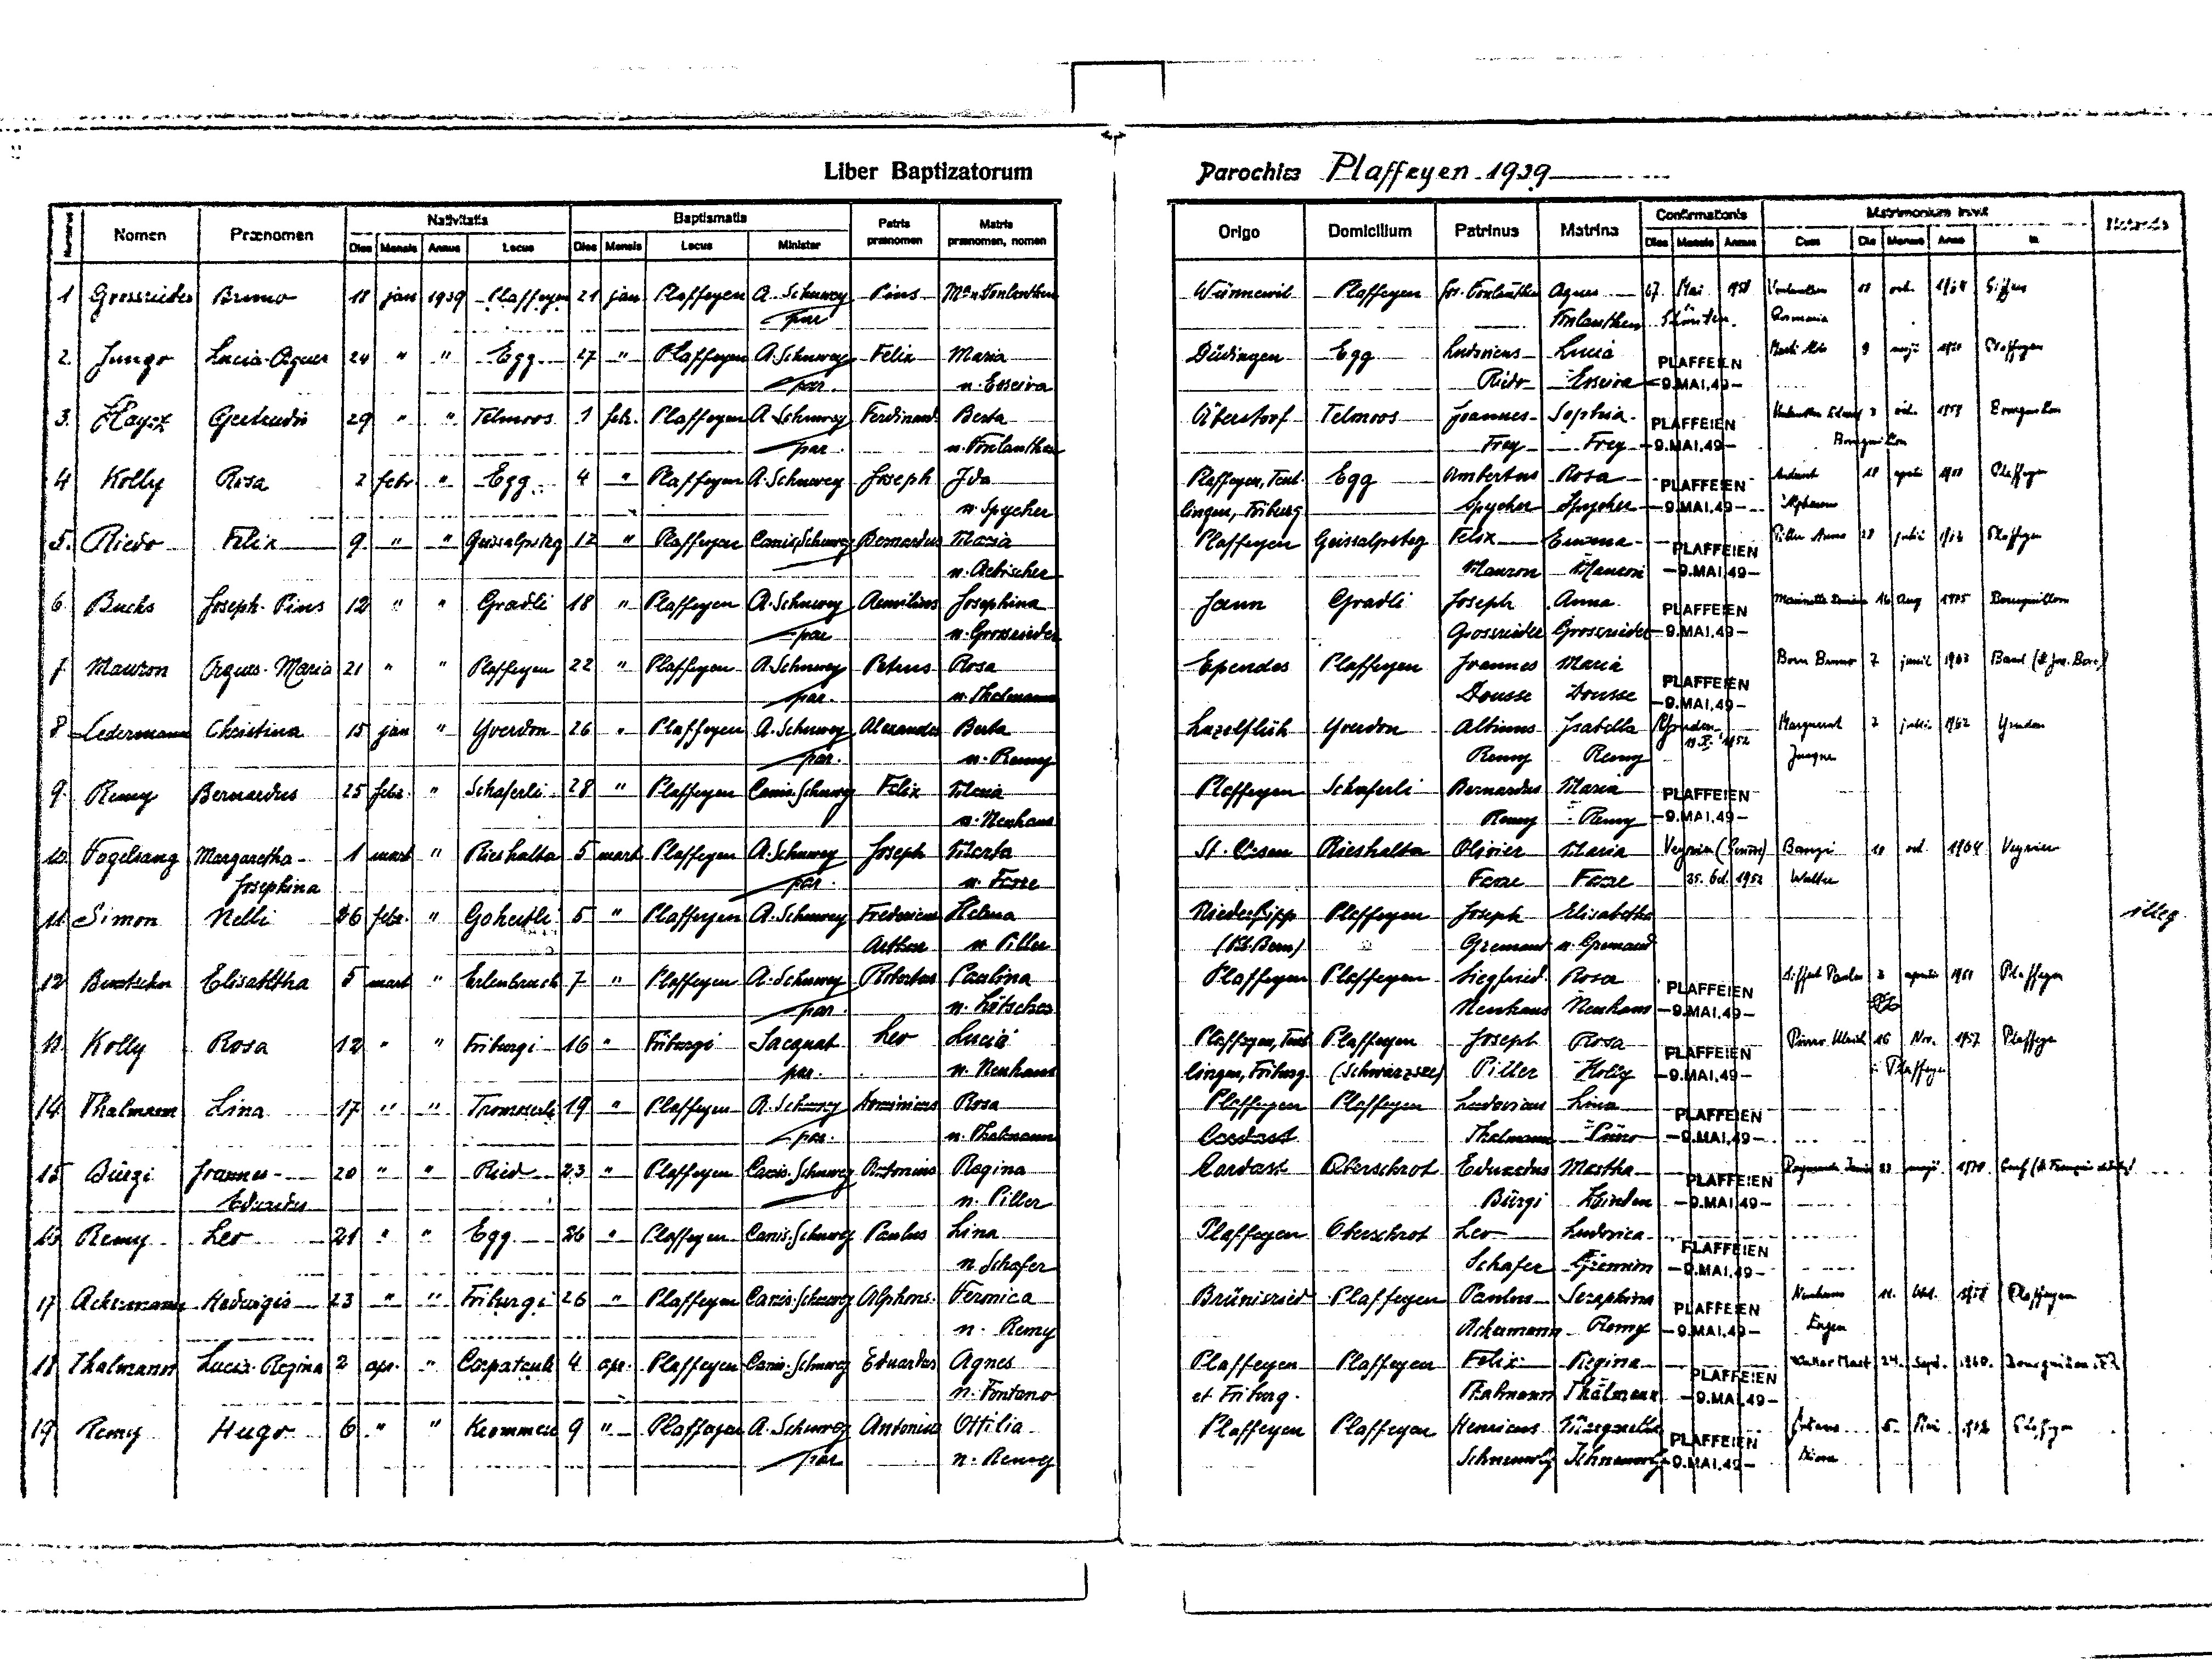
Liber Baptizatorum
Parochiae
Plaffeyen 1939
Matris
Batismatis
Domicilium
Patrinus Matrina
Origo
Minister
praenomen
praenomen, nomen
Mensis
Locus
Vonlanthen
Plaffeyen Jos. Vonlanthen
Wünnewil
Plaffeyen A. Schuwey
Pius
Grossrieder
Bruno
Plaffeyen
21 jan
Man.Vonlanthen
Plaffeyen
Vonlanthen
par
Ludovicus Lucia
Marti
Plaffeyen A. Schuwey
Felix Maria
Düdingen Egg
Egg
Riedo Esseiva
par.
n. Esseiva
Vonlanthen Eduard
Plaffeien A. Schuwey
Telmoos
Joannes
Sophia
Ferdinand Bertha
Telmoos
1 febr. PLaffeyen
Überstorf
Frey
n. Vonlanthen

Umbertus
Plaffeyen A. Schuwey
febr.
Joseph Ida
Rosa
Egg
-9.MAI.49-
Spycher
-9.MAI.49- Alphonsus
Spycher
lingen, Friburg
n. Spycher
Bernardus Maria
Plaffeyen CanisSchuwey
Plaffeyen
Geissalpsteg Felix Emma
" Geissalpsteg
"
lpsteg 12 "
Felix
Riedo
Plaffeyen
Mauron Mauron
n. Aebischer
Anna
Plaffeyen A. Schuwey Aemilius Josephina
Grabli Joseph
Jaun
" " Grabli
Buchs
Plaffeyen
"
18
Jaun
Joseph- Pius
Grossrieder
n. Grossrieder
-9.MAI.49-
Grossrieder
Rosa
Ependes
Plaffeyen Joannes
Plaffeyen 22 " Plaffeyen A. Schuwey
Rosa
Petrus
"
Maria
Mauron
Plaffeyen
Dousse
Dousse
n. Thalmann

Albinus Isabella
A. Schuwey Alexander
Christina
Lutzelflüh Yverdon
"
Ledermann
Berta
Plaffeyen
15 jan
Yverdon 26
Remy
Remy
n. Remy
Plaffeyen Schaferli
28 " Plaffeyen Canis Schuwey Felix Maria
Bernardus
Maria
25 febr
"
Schaferli
Bernardus
Remy Remy
-9.MAI.49-
n. Neuhaus

Bongi
Rieshalta Olivier Maria
A. Schuwey
St. Ursen
mart
5 mart
"
Joseph Marta
Rieshalta
Plaffeyen
Walter
Josephina
25.  1952
Favre Favre
n. Favre
par.
Niederbipp
A. Schuwey Fredericus
Helena
Plaffeyen Joseph Elisabetha
5 "
"
Nelli
Goheitli
Simon
Plaffeyen
Gremaud n. Gremaud
Arthur
n. Piller
Siffert Paul
Paulina
Plaffeyen
Siegfried
Rosa
Plaffeyen A. Schuwey Robertus
5 mart " Erlenbruch 7 "
Elisabetha
Plaffeyen
Neuhaus Neuhaus
n. Lötscher
Pürro Ulrich
Leo
Nov.
Lucia
Friburgi
Plaffeyen
"
Friburgi 16 "
Rosa 12 "
(Schwarzsee)
lingen, Friburg.
par.
Kolly
n. Neuhaus
Piller
-9.MAI.49-
Plaffeyen Plaffeyen Ludovicus Lina
Arminius Rosa
" "
" Plaffeyen A. Schuwey
Tromoserli 19
Thalmann Pürro
Cordast
n. Thalmann
par.
Cordast Oberschrot
Oberschrot Eduardus Martha
Plaffeyen Canis. Schuwey
" "
Antonius Regina
Ried 23 "
20
Plaffeyen
Eduardus
Bürgi Zbinden
Piller
Ludovica
Plaffeyen Oberschrot
Paulus Lina
26 "
" Egg
Canis Schuwey
Plaffeyen
Leo
n. Schafer
Schafer
n. Schafer
Brünisried Plaffeyen Paulus Seraphina
" "
Canis Schuwey
Alphonsus. Vermica
Friburgi 26 "
Ackermann
Plaffeyen
Hadruigis
Canis. Schuwey
Eugen
Remy
n. Remy
Ackermann
Felix
Plaffeyen
"
Lucia-Regina
Eduardus Agnes
Corpataux
Thalmann
Canis. Schuwey
Plaffeyen
Plaffeyen
Thalmann
n. Fontana
et Friburg
Thalmann
Henricus
A. Schuwey
"
Antonius Ottilia
Krommen
Plaffeyen
Plaffeyen
Plaffeyen
Schneuwly
Schneuwly
n. Remy